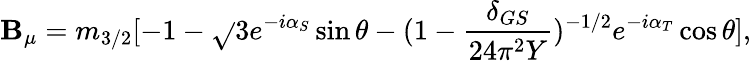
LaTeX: \mathbf{B}_{\mu}=m_{3/2}[-1-\sqrt{}{{3}}e^{-i\alpha_{S}}\sin\theta-(1-\frac{{\delta_{GS}}}{{24\pi^{2}Y}})^{-1/2}e^{-i\alpha_{T}}\cos\theta],